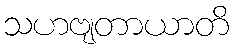
သဟဗျတာယာတိ